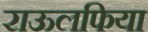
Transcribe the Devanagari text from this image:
राऊलफिया